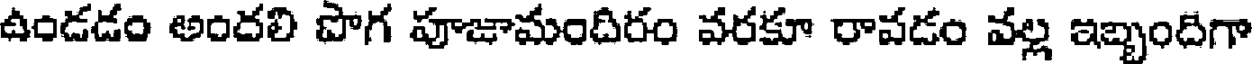
ఉండడం అందలి పొగ పూజామందిరం వరకూ రావడం వల్ల ఇబ్బందిగా